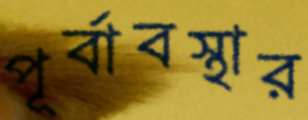
পূর্বাবস্থার